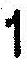
1